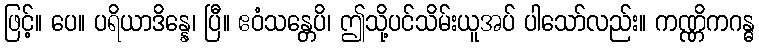
ဖြင့်။ ပေ။ ပရိယာဒိန္နေ၊ ပြီ။ ဧဝံသန္တေပိ၊ ဤသို့ပင်သိမ်းယူအပ် ပါသော်လည်း။ ကဏ္ဏိကဂန္ဓ